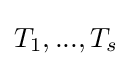
T_{1},...,T_{s}